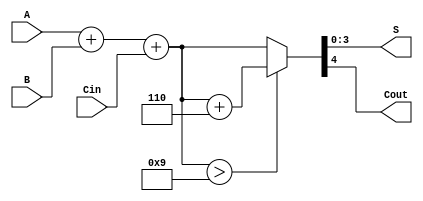
module BCD_Adder (
    input  wire [3:0] A,      // First BCD digit
    input  wire [3:0] B,      // Second BCD digit
    input  wire Cin,          // Carry-in
    output wire [3:0] S,      // BCD sum
    output wire Cout          // Carry-out
);

    wire [4:0] sum;           // 5-bit sum to accommodate carry
    wire correction_needed;    // Flag to indicate if correction is needed
    wire [4:0] corrected_sum; // Corrected sum after BCD adjustment

    // Step 1: Perform binary addition
    assign sum = A + B + Cin;

    // Step 2: Determine if correction is needed
    assign correction_needed = sum > 5'b01001; // Check if sum > 9

    // Step 3: Perform correction if needed
    assign corrected_sum = correction_needed ? (sum + 5'b00110) : sum;

    // Step 4: Assign outputs
    assign S = corrected_sum[3:0]; // Lower 4 bits are the BCD result
    assign Cout = corrected_sum[4]; // Highest bit indicates carry-out

endmodule